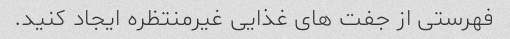
فهرستی از جفت های غذایی غیرمنتظره ایجاد کنید.